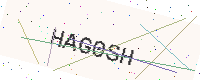
Text: HAG0SH